system: You are a helpful assistant.
user:
Analyze the provided spectrum to determine if it is a **"Cataclysmic Variables (CV)"**.

- **Key Indicators for CV (Check for either state):**
    - **State 1: Quiescent / Low-State (Emission-Dominated)**
        - **(Primary):** Strong and *very broad* Hydrogen Balmer emission lines (e.g., $H\alpha$ at 6563 Å, $H\beta$ at 4861 Å). The 'broadness' (high velocity dispersion, often FWHM > 1000 km/s) is the key diagnostic, indicating a high-velocity accretion disk.
        - **(Secondary):** Broad neutral Helium (He I) emission lines (e.g., 5876 Å, 6678 Å).
        - **(Key Confirmation):** Presence of high-excitation *ionized* Helium (He II) emission at 4686 Å. This is a strong indicator of accretion onto a white dwarf.
        - **(Line Profile):** Emission lines may exhibit a 'double-peaked' profile, which is a classic signature of a rotating accretion disk viewed at high inclination.

    - **State 2: Outburst / High-State (Absorption-Dominated)**
        - **(Primary):** Spectrum is dominated by a bright, blue continuum (looks like a hot star).
        - **(Secondary):** The emission lines from State 1 are weak, absent, or 'filled in', and are replaced by broad, shallow *absorption* lines (primarily Balmer and He I).
        - **(Morphology):** The overall spectrum mimics a hot B/A-type star. The crucial difference is that the absorption lines are significantly broader, shallower, and more 'washed-out' (or 'smeared') than the sharp lines of a normal stellar photosphere, due to high rotational speeds and pressure broadening in the disk.

Think first, call **spectral_visualization_tool** if needed to examine features in detail, then provide your final answer. Your response must adhere to the following strict rules:
1.  **Overall Structure:** Your response must follow the format `<think>...</think> <tool_call>...</tool_call> (if a tool is used) <answer>...</answer>`.
2.  **Tool Usage Constraint:** You may only make **one** tool call per turn.
3.  **Final Answer Format:** In the `<answer>` tag, your conclusion must be inside a `\boxed{}` command (e.g., `\boxed{YES}`), followed by your justification.

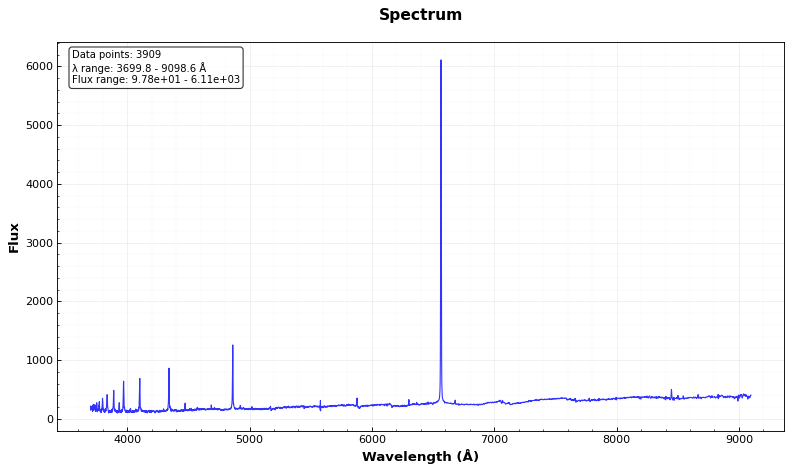
Answer: YES